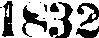
1832